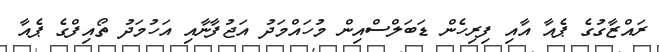
ރައްޒާގުގެ ޕެއާ އާއި ފިރިހެން ޑަބަލްސްއިން މުހައްމަދު އަޖުފާނާއި އަހުމަދު ތޯއިފްގެ ޕެއާ